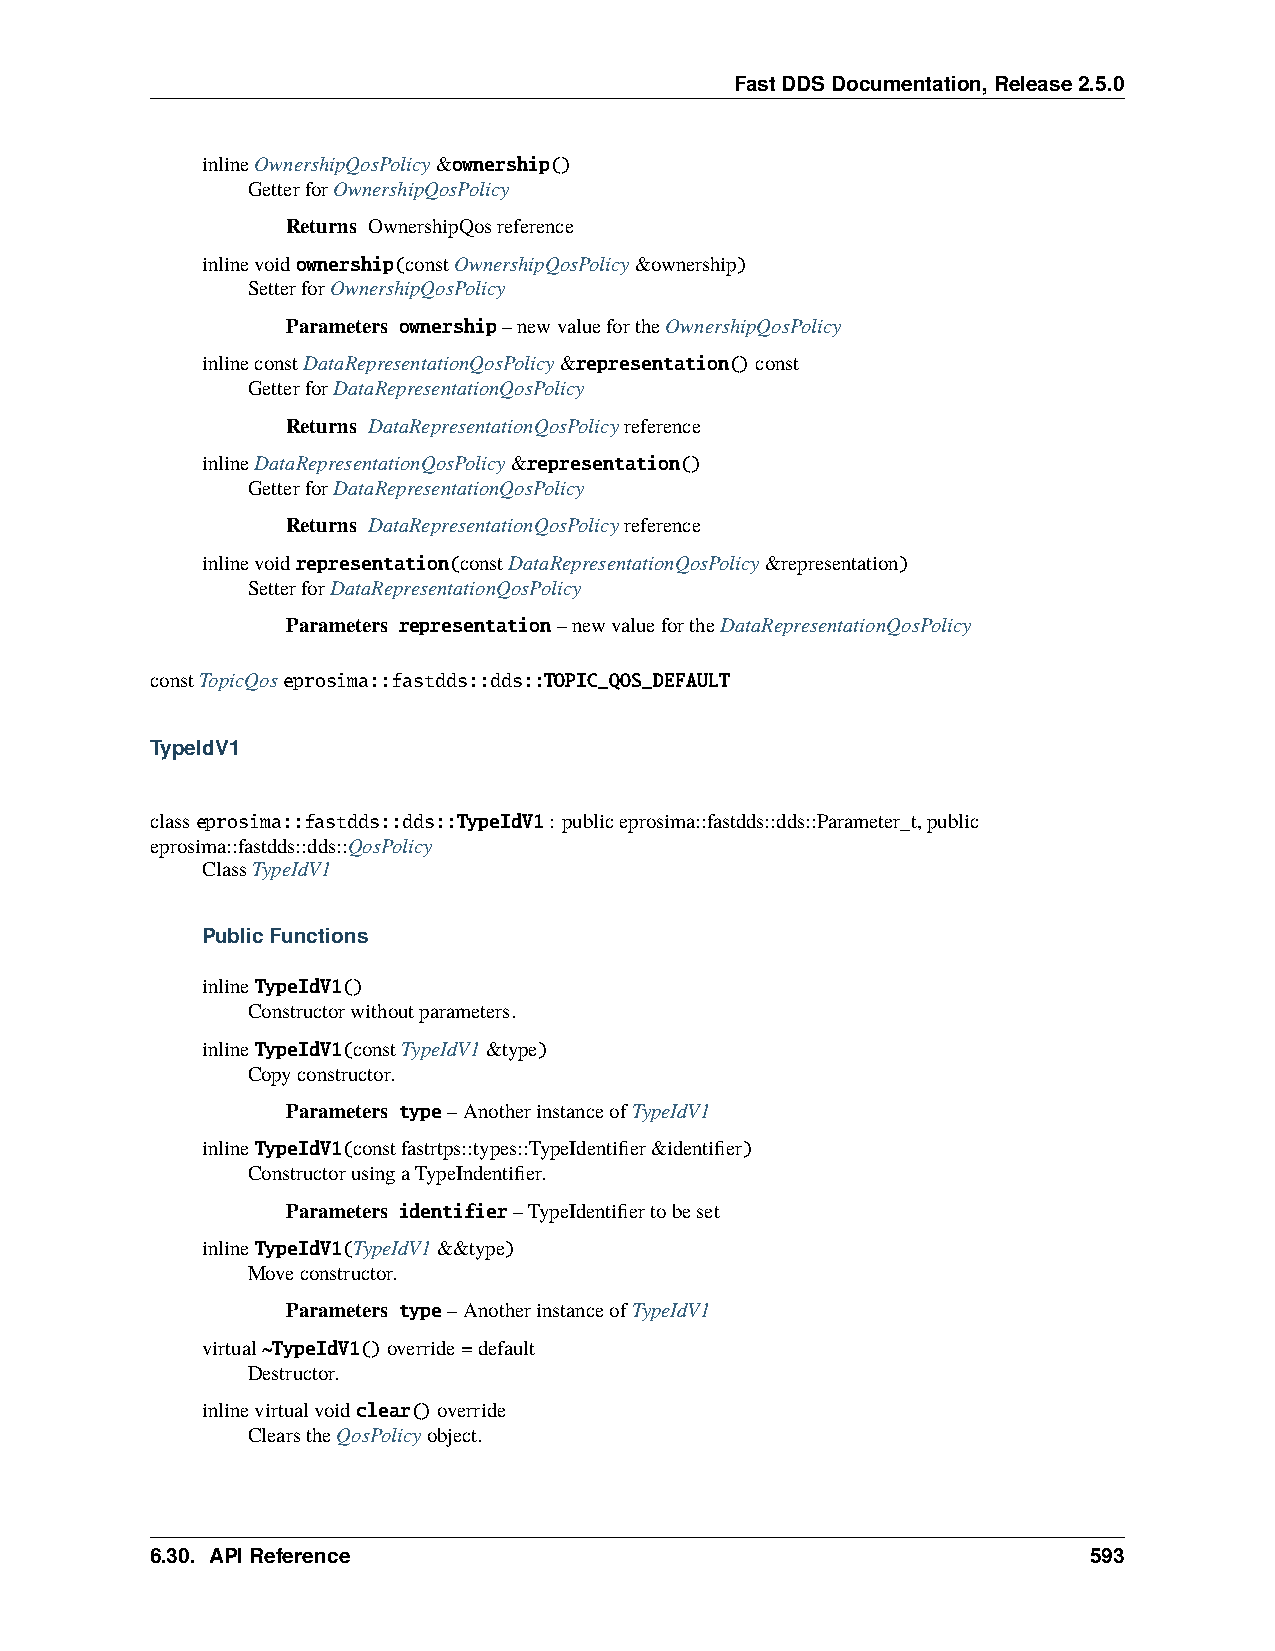
FastDDSDocumentation,Release2.5.0
 inlineOwnershipQosPolicy&ownership()
 GetterforOwnershipQosPolicy
 Returns OwnershipQosreference
 inlinevoidownership(constOwnershipQosPolicy&ownership)
 SetterforOwnershipQosPolicy
 Parameters ownership–newvaluefortheOwnershipQosPolicy
 inlineconstDataRepresentationQosPolicy&representation()const
 GetterforDataRepresentationQosPolicy
 Returns DataRepresentationQosPolicyreference
 inlineDataRepresentationQosPolicy&representation()
 GetterforDataRepresentationQosPolicy
 Returns DataRepresentationQosPolicyreference
 inlinevoidrepresentation(constDataRepresentationQosPolicy&representation)
 SetterforDataRepresentationQosPolicy
 Parameters representation–newvaluefortheDataRepresentationQosPolicy
 constTopicQoseprosima::fastdds::dds::TOPIC_QOS_DEFAULT
 TypeIdV1
 classeprosima::fastdds::dds::TypeIdV1: publiceprosima::fastdds::dds::Parameter_t,public
 eprosima::fastdds::dds::QosPolicy
 ClassTypeIdV1
 PublicFunctions
 inlineTypeIdV1()
 Constructorwithoutparameters.
 inlineTypeIdV1(constTypeIdV1&type)
 Copyconstructor.
 Parameters type–AnotherinstanceofTypeIdV1
 inlineTypeIdV1(constfastrtps::types::TypeIdentifier&identifier)
 ConstructorusingaTypeIndentifier.
 Parameters identifier–TypeIdentifiertobeset
 inlineTypeIdV1(TypeIdV1&&type)
 Moveconstructor.
 Parameters type–AnotherinstanceofTypeIdV1
 virtual~TypeIdV1()override=default
 Destructor.
 inlinevirtualvoidclear()override
 ClearstheQosPolicyobject.
 6.30. APIReference                                            593